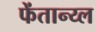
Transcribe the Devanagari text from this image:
फेंतान्य्ल